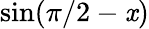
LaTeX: \sin(\pi/2-\mathit{x})